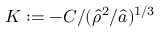
K : = - C / ( \hat { \rho } ^ { 2 } / \hat { a } ) ^ { 1 / 3 }